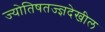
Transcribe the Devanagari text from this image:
ज्योतिषतज्ज्ञदेखील